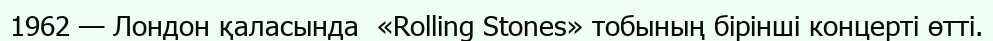
1962 — Лондон қаласында  «Rolling Stones» тобының бiрiншi концертi өттi.